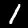
Digit: 1